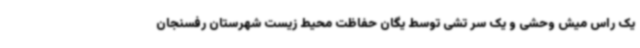
یک راس میش وحشی و یک سر تشی توسط یگان حفاظت محیط زیست شهرستان رفسنجان